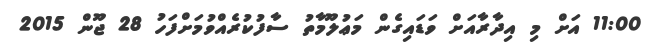
11:00 އަށް މި އިދާރާއަށް ވަޑައިގެން މަޢުލޫމާތު ސާފުކުރެއްވުމަށްފަހު 28 ޖޫން 2015